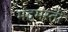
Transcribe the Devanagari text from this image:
मदमस्ती